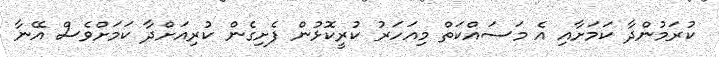
ކުރަމުންދާ ކަމަށާއި އެ މަސައްކަތް މިއަހަރު ކުރީކޮޅުން ފެށިގެން ކުރިއަށްދާ ކަމަށްވެސް އޭނާ